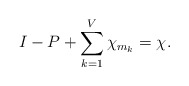
\begin{align*}I-P+\sum_{k=1}^V\chi_{m_k}=\chi.\end{align*}